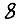
Digit: 8